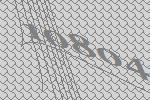
10804